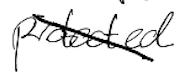
Text: protected
Cross-out: diagonal
Writing tool: digital_black